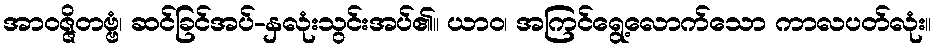
အာဝဇ္ဇိတဗ္ဗံ၊ ဆင်ခြင်အပ်-နှလုံးသွင်းအပ်၏။ ယာဝ၊ အကြင်ရွေ့လောက်သော ကာလပတ်လုံး။